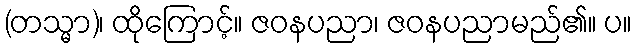
(တသ္မာ)၊ ထိုကြောင့်။ ဇဝနပညာ၊ ဇဝနပညာမည်၏။ ပ။